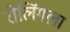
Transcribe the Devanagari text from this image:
रोलिंगला